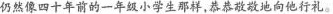
仍然像四十年前的一年级小学生那样，恭恭敬敬地向他行礼。